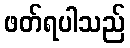
ဖတ်ရပါသည်